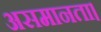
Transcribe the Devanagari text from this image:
असमानता।